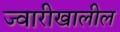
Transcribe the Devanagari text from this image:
ज्वारीखालील